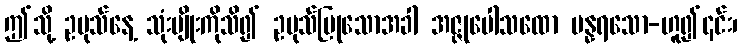
ဤသို့ ဥပုသ်နေ့ သုံးမျိုးကိုသိ၍ ဥပုသ်ပြုသောအခါ အဇ္ဇုပေါသထော ပန္နရသော-ဟူ၍၎င်း၊